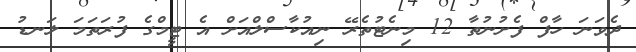
ދެވަނަ ހާފް ފެށުނުތާ 12 މިނެޓުތެރޭ ނިއުކާސްލްއަށް އެ ޓީމްގެ ފުރަތަމަ ލަނޑު